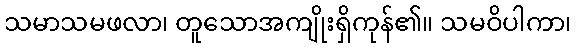
သမာသမဖလာ၊ တူသောအကျိုးရှိကုန်၏။ သမဝိပါကာ၊